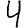
Digit: 4